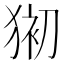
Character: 𱮆